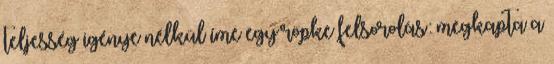
teljesség igénye nélkül íme egy röpke felsorolás: megkapta a